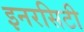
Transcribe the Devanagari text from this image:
इनरसिटी